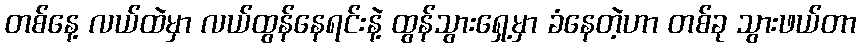
တစ်နေ့ လယ်ထဲမှာ လယ်ထွန်နေရင်းနဲ့ ထွန်သွားရှေ့မှာ ခံနေတဲ့ဟာ တစ်ခု သွားဖယ်တာ